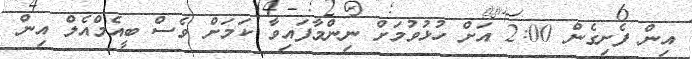
އިން ފެށިގެން 2:00 އަށް ހުޅުވުމަށް ނިންމާފައިވާ ކަމަށް ވެސް ބީއެމްއެލް އިން